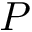
P